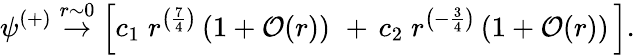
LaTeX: \psi^{(+)}\stackrel{r\sim 0}{\rightarrow}\left[c_{1}\; r^{\left({\frac{7}{4}}\right)}\left(1+{\cal O}(r)\right)\, \, +\, c_{2}\; r^{\left(-{\frac{3}{4}}\right)}\left(1+{\cal O}(r)\right)\, \right].